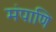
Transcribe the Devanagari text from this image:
मंपाणि